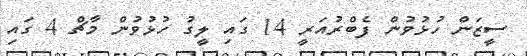
ސީޒަން ހުޅުވުން ފެބްރުއަރީ 14 ގައި ލީގު ހުޅުވުން މާޗް 4 ގައި